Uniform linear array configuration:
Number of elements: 48
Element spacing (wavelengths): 0.75
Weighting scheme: blackman
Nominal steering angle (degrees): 0
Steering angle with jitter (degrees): -0.2214
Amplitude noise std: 0.05
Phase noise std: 0.05

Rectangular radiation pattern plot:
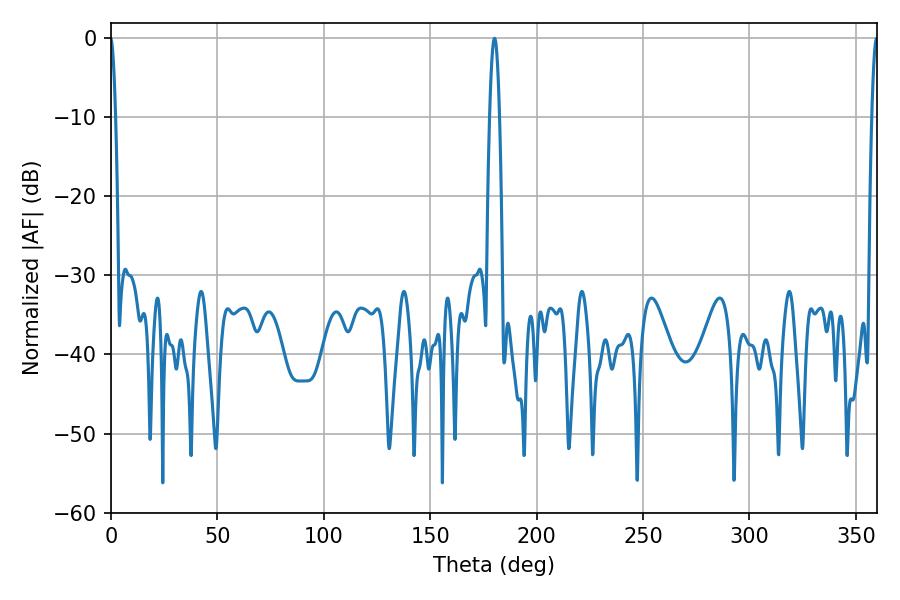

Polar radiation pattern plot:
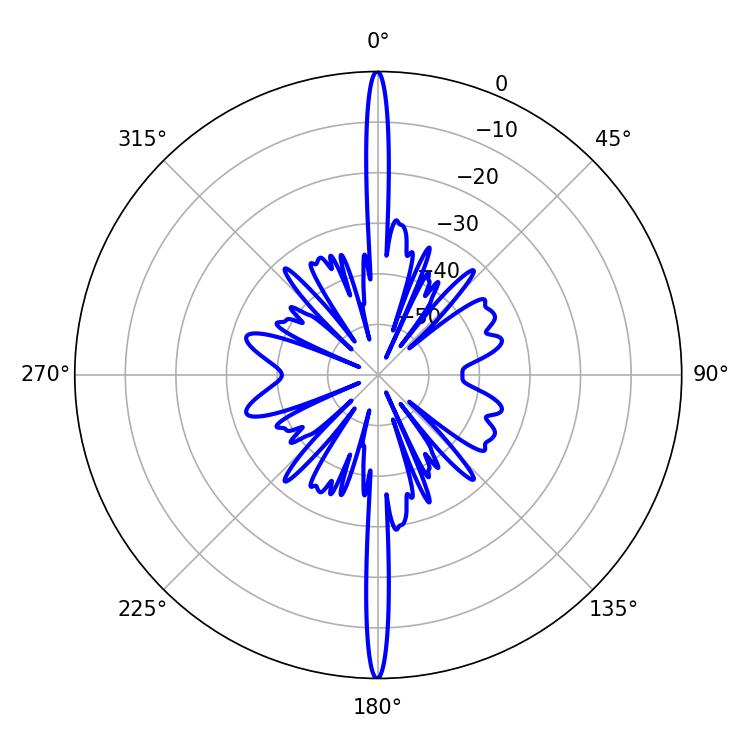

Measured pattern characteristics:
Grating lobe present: TRUE
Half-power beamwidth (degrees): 2.52
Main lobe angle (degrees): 180.18